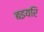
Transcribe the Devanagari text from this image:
बइयरि